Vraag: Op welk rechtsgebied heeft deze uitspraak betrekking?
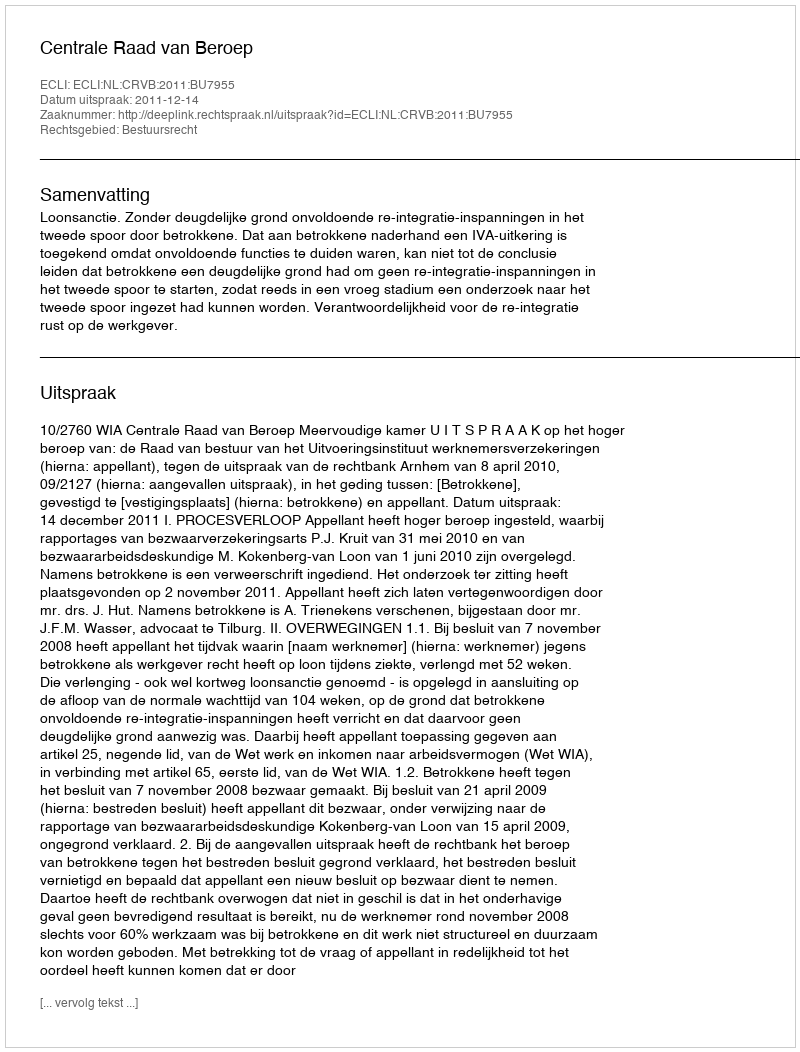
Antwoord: Bestuursrecht